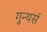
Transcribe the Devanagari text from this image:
गुन्थर्स